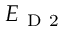
E _ { \mathrm { ~ D ~ 2 ~ } }